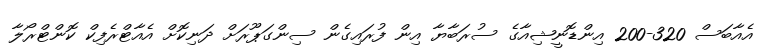
އެއާބަސް 320-200 އިންޑޮނީޝިއާގެ ސުރަބާޔާ އިން ފުރައިގެން ސިންގަޕޫރަށް ދަނިކޮށް އެއާޓްރެފިކް ކޮންޓްރޯލާ